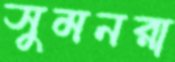
সুমনরা